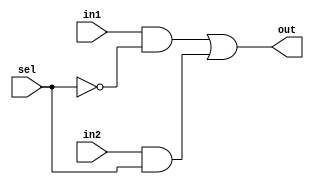
module mux_2x1_1b (
    output wire out,
    input wire in1,
    input wire in2,
    input wire sel
);
    wire nsel;
    wire a, b;

    not (nsel, sel); // NOT gate
    and (a, in1, nsel); // AND gate
    and (b, in2, sel); // AND gate
    or (out, a, b); // OR gate
endmodule